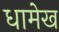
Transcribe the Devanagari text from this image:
धामेख